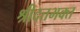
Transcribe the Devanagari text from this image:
श्रीदत्तभक्त